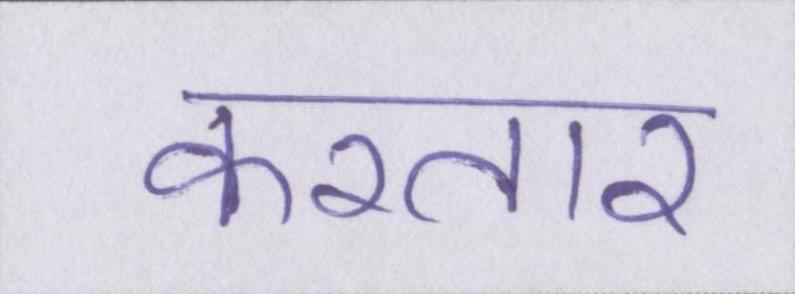
करतार